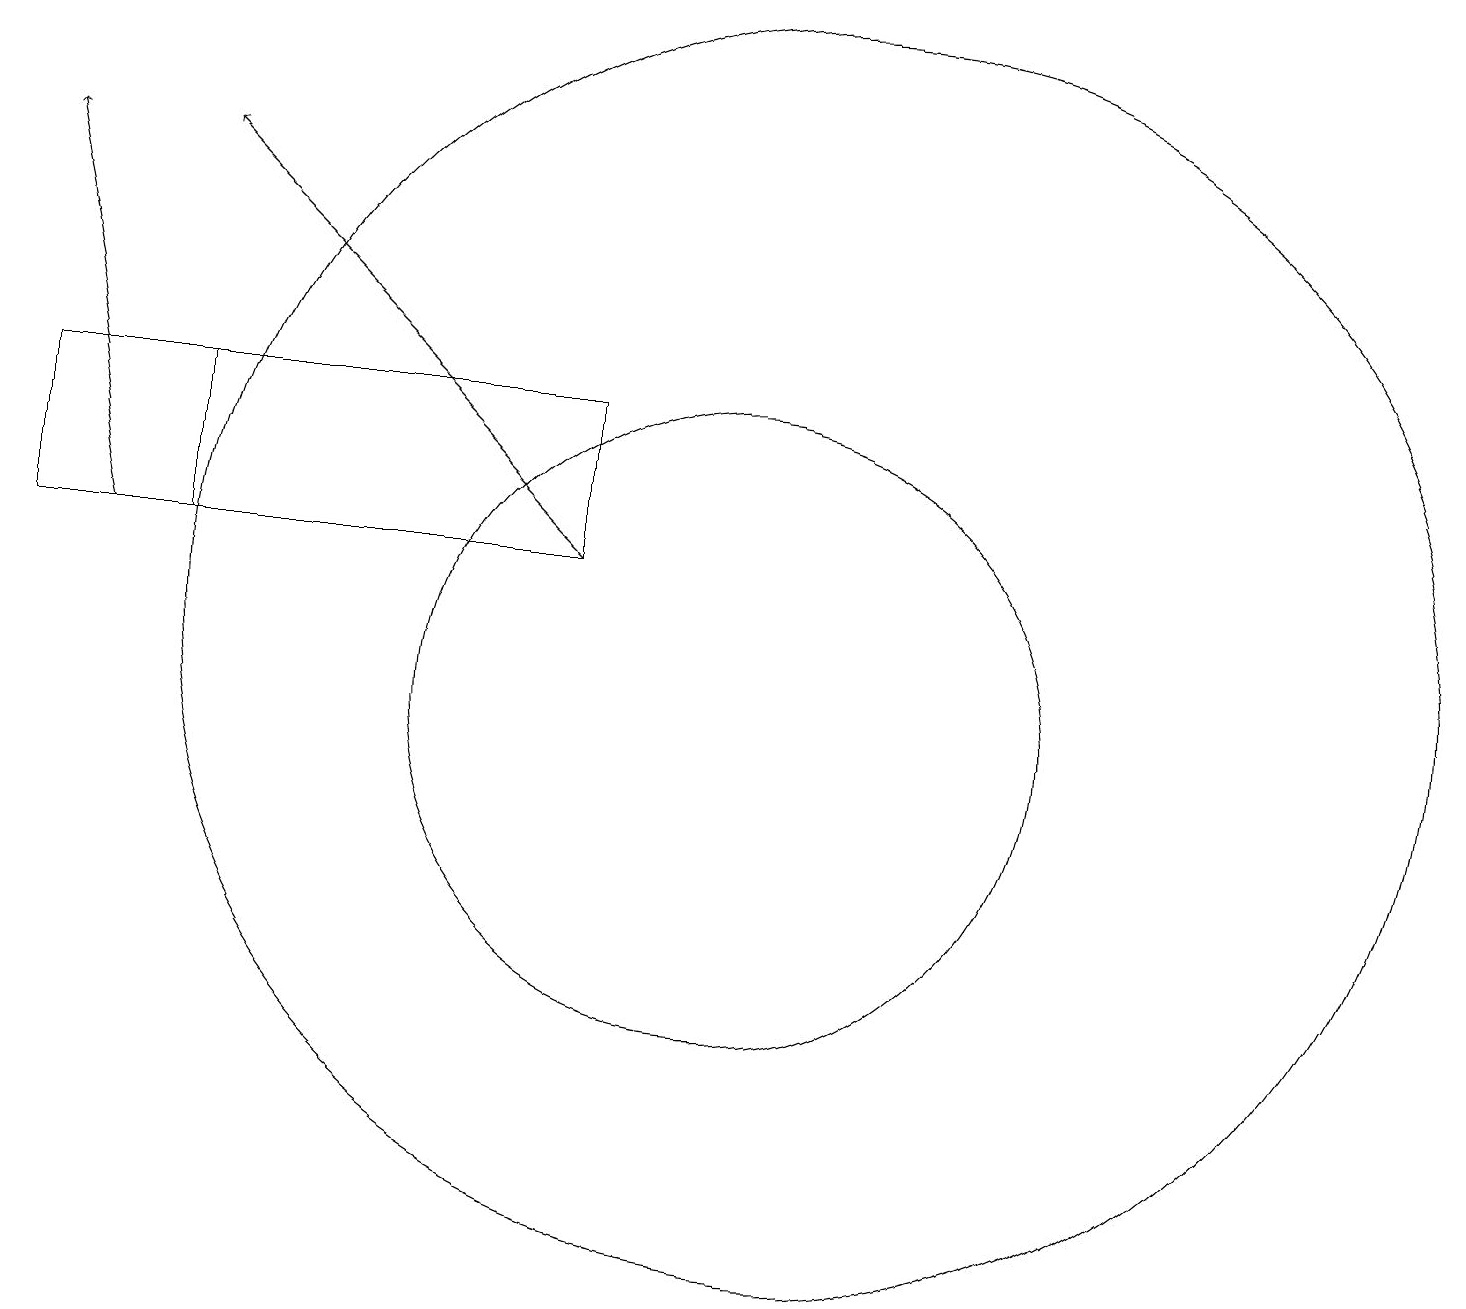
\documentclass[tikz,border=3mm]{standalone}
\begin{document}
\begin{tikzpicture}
\draw (1,13) rectangle (3,15);
\draw[->] (8,13) -- (3,18);
\draw (8,13) rectangle (1,15);
\draw (10,11) circle (4);
\draw (11,12) circle (8);
\draw[->] (2,13) -- (1,18);
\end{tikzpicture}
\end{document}